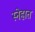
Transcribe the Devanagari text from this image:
स्नेहात